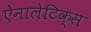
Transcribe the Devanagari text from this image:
ऐनालेटिक्स